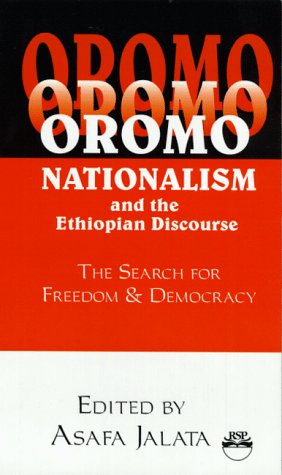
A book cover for Oromo Nationalism and the Ethiopian Discourse: The Search for Freedom and Democracy; History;